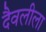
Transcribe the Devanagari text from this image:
दैवलीला